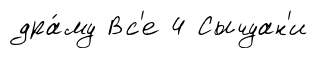
дра́му Вс'е 4 Сычуан'и